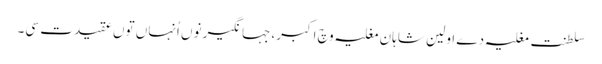
سلطنت مغلیہ دے اولین شاہانِ مغلیہ وچ اکبر، جہانگیر نو‏‏ں اُنہاں تو‏ں عقیدت سی۔